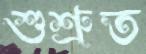
শুশ্রুত